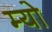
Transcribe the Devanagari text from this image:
म्‍यो